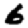
Digit: 6